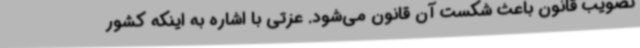
تصویب قانون باعث شکست آن قانون می‌شود. عزتی با اشاره به اینکه کشور